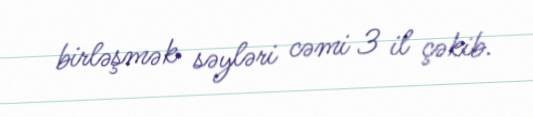
birləşmək səyləri cəmi 3 il çəkib.